Report on the lunatic asylums under the Government of Bombay - 1904-1913
Year: 1904
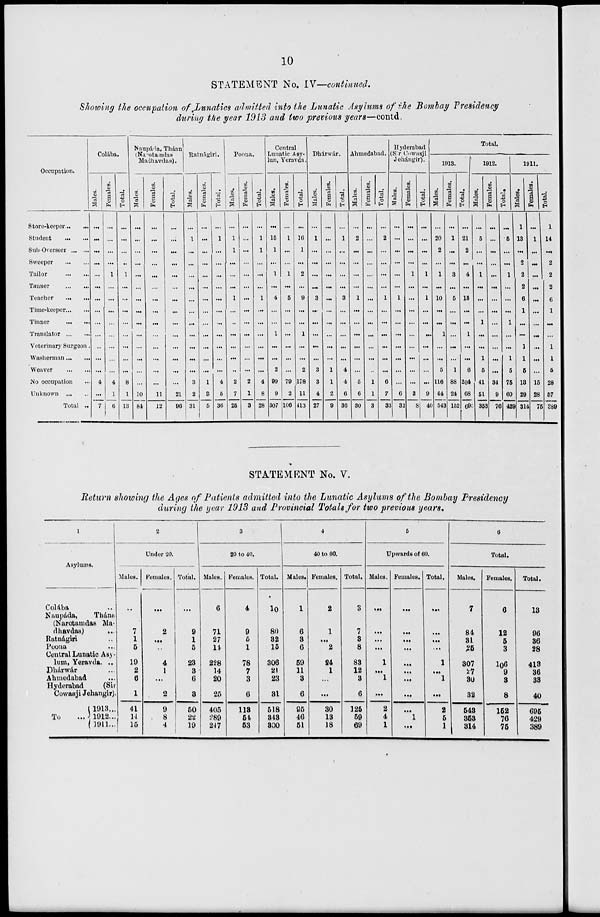
10
STATEMENT No. IV—continued.
Showing the occupation of Lunatics admitted into the Lunatic Asylums of the Bombay Presidency
during the year 1913 and two previous years—contd.
Occupation.
Store-keeper...
...
Student
...
...
Sub-Overseer ... ...
Sweeper
...
...
Tailor
...
...
Tanner
...
...
Teacher
...
...
Time-keeper ... ...
Tinner
...
...
Translator ... ...
Veterinary Surgeon ...
Washerman ... ...
Weaver
...
...
No occupation ...
Unknown ... ...
Total ...
Colába.
Males.
...
...
...
...
...
...
...
...
...
...
...
...
...
4
...
7
Females.
...
...
...
...
1
...
...
...
...
...
...
...
...
4
1
6
Total.
...
...
...
...
1
...
...
...
...
...
...
...
...
8
1
13
Naupáda, Thána
(Narotamdas
Madhavdas).
Males.
...
...
...
...
...
...
...
...
...
...
...
...
...
...
10
84
Females.
...
...
...
...
...
...
...
...
...
...
...
...
...
...
11
12
Total.
...
...
...
...
...
...
...
...
...
...
...
...
...
...
21
96
Ratnágiri.
Males.
...
1
...
...
...
...
...
...
...
...
...
...
...
3
2
31
Females.
...
...
...
...
...
...
...
...
...
...
...
...
...
1
3
5
Total.
...
1
...
...
...
...
...
...
...
...
...
...
...
4
5
36
Poona.
Males.
...
1
1
...
...
...
1
...
...
...
...
...
...
2
7
25
Females.
...
...
...
...
...
...
...
...
...
...
...
...
...
2
1
3
Total.
...
1
1
...
...
...
1
...
...
...
...
...
...
4
8
28
Central
Lunatic Asy-
lum, Yeravda.
Males.
...
15
1
...
1
...
4
...
...
1
...
...
2
99
9
307
Females.
...
1
...
...
1
...
5
...
...
...
...
...
...
79
2
106
Total.
...
16
1
...
2
...
9
...
...
1
...
...
2
178
11
413
Dhárwár.
Males.
...
1
...
...
...
...
3
...
...
...
...
...
3
3
4
27
Females.
...
...
...
...
...
...
...
...
...
...
...
...
1
1
2
9
Total.
...
1
...
...
...
...
3
...
...
...
...
...
4
4
6
36
Ahmedabad.
Males.
...
2
...
...
...
...
1
...
...
...
...
...
...
5
6
30
Females.
...
...
...
...
...
...
...
...
...
...
...
...
...
1
1
3
Total.
...
2
...
...
...
...
1
...
...
...
...
...
...
6
7
33
Hyderabad
(Sir Cowasji
Jehángir).
Males.
...
...
...
...
...
...
1
...
...
...
...
...
...
...
6
32
Females.
...
...
...
...
1
...
...
...
...
...
...
...
...
...
3
8
Total.
...
...
...
...
1
...
1
...
...
...
...
...
...
...
9
40
Total.
1913.
Males.
...
20
2
...
1
...
10
...
...
1
...
...
5
116
44
543
Females.
...
1
...
...
3
...
5
...
...
...
...
...
1
88
24
152
Total.
...
21
2
...
4
...
15
...
...
1
...
...
6
204
68
695
1912.
Males.
...
5
...
...
1
...
...
...
1
...
...
1
5
41
51
353
Females.
...
...
...
...
...
...
...
...
...
...
...
...
...
34
9
76
Total.
...
5
...
...
1
...
...
...
1
...
...
1
5
75
60
429
1911.
Males.
1
13
...
2
2
2
6
1
...
...
1
1
5
13
29
314
Females.
...
1
...
...
...
...
...
...
...
...
...
...
...
15
28
75
Total.
1
14
...
2
2
2
6
1
...
...
1
1
5
28
57
389
STATEMENT No. V.
Return showing the Ages of Patients admitted into the Lunatic Asylums of the Bombay Presidency
during the year 1913 and Provincial Totals for two previous years.
1
Asylums.
Colába ...
Naupáda,
Thána
(Narotamdas Ma-
dhavdas) ...
Ratnágiri ...
Poona ...
Central Lunatic Asy-
lum, Yeravda. ...
Dhárwár ...
Ahmedabad ...
Hyderabad
(Sir
Cowasji Jehangir).
Total ...
1913...
1912...
1911...
2
Under 20.
Males.
...
7
1
5
19
2
6
1
41
14
15
Females.
...
2
...
...
4
1
...
2
9
8
4
Total.
...
9
1
5
23
3
6
3
50
22
19
3
20 to 40.
Males.
6
71
27
14
228
14
20
25
405
289
247
Females.
4
9
5
1
78
7
3
6
113
54
53
Total.
10
80
32
15
306
21
23
31
518
343
300
4
40 to 60.
Males.
1
6
3
6
59
11
3
6
95
46
51
Females.
2
1
...
2
24
1
...
...
30
13
18
Total.
3
7
3
8
83
12
3
6
125
59
69
5
Upwards of 60.
Males.
...
...
...
...
1
...
1
...
2
4
1
Females.
...
...
...
...
...
...
...
...
...
1
...
Total.
...
...
...
...
1
...
1
...
2
5
1
6
Total.
Males.
7
84
31
25
307
27
30
32
543
353
314
Females.
6
12
5
3
106
9
3
8
152
76
75
Total.
13
96
36
28
413
36
33
40
695
429
389